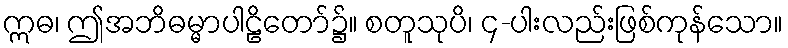
ဣဓ၊ ဤအဘိဓမ္မာပါဠိတော်၌။ စတူသုပိ၊ ၄-ပါးလည်းဖြစ်ကုန်သော။